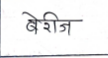
मजकूर: बेरीज